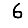
Digit: 6